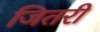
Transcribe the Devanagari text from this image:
जितरी